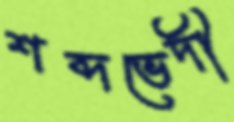
শব্দভেদী